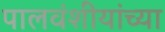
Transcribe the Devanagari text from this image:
पालवंशीयांच्या